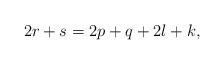
\begin{align*}2r+s = 2p+q + 2l+k,\end{align*}